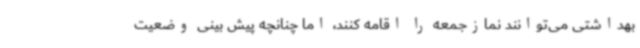
بهداشتی می‌توانند نمازجمعه را اقامه کنند، اما چنانچه پیش بینی وضعیت